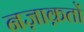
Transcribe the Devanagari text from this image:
नज़ाक़तों